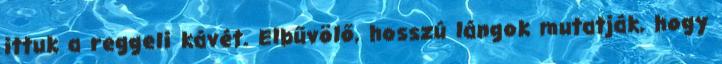
ittuk a reggeli kávét. Elbűvölő, hosszú lángok mutatják, hogy